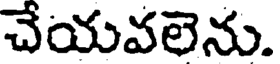
చేయవలెను.